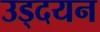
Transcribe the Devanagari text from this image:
उड्दयन